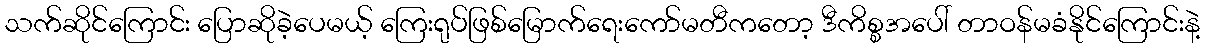
သက်ဆိုင်ကြောင်း ပြောဆိုခဲ့ပေမယ့် ကြေးရုပ်ဖြစ်မြောက်ရေးကော်မတီကတော့ ဒီကိစ္စအပေါ် တာဝန်မခံနိုင်ကြောင်းနဲ့